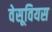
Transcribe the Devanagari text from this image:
वेसूवियस